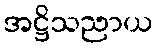
အဋ္ဌိသညာယ